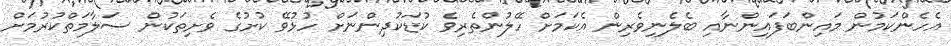
އެހެންކަމުން މައިންބަފައިންނާއި ބެލެނިވެރިން އެކަމަށް ހޭލުންތެރިވެ ކުޑަކުދިންނަށް ހުޅުވޭ ކުށުގެ ވެށިތަކުން ސަލާމަތްކުރުމަށް